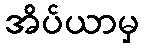
အိပ်ယာမှ